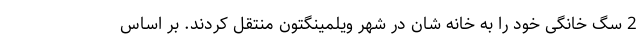
2 سگ خانگی خود را به خانه شان در شهر ویلمینگتون منتقل کردند. بر اساس